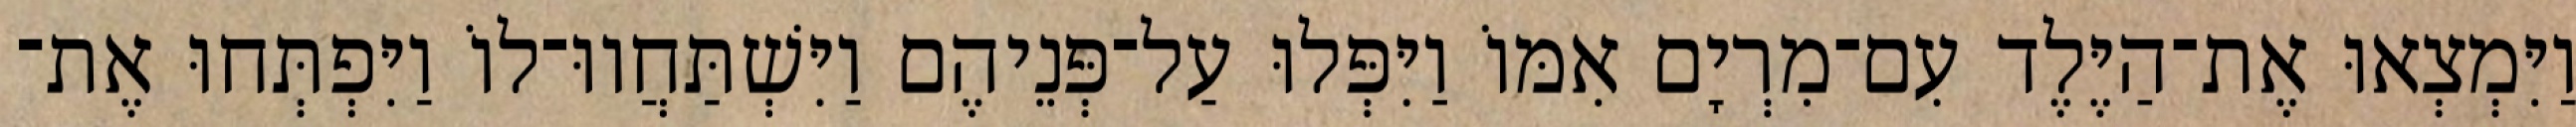
וַיִּמְצְאוּ אֶת־הַיֶּלֶד עִם־מִרְיָם אִמּוֹ וַיִּפְּלוּ עַל־פְּנֵיהֶם וַיִּשְׁתַּחֲווּ־לוֹ וַיִּפְתְּחוּ אֶת־